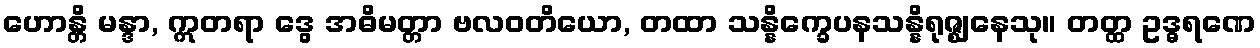
ဟောန္တိ မန္ဒာ, ဣတရာ ဒွေ အဓိမတ္တာ ဗလဝတိယော, တထာ သန္နိက္ခေပနသန္နိရုဇ္ဈနေသု။ တတ္ထ ဥဒ္ဓရဏေ